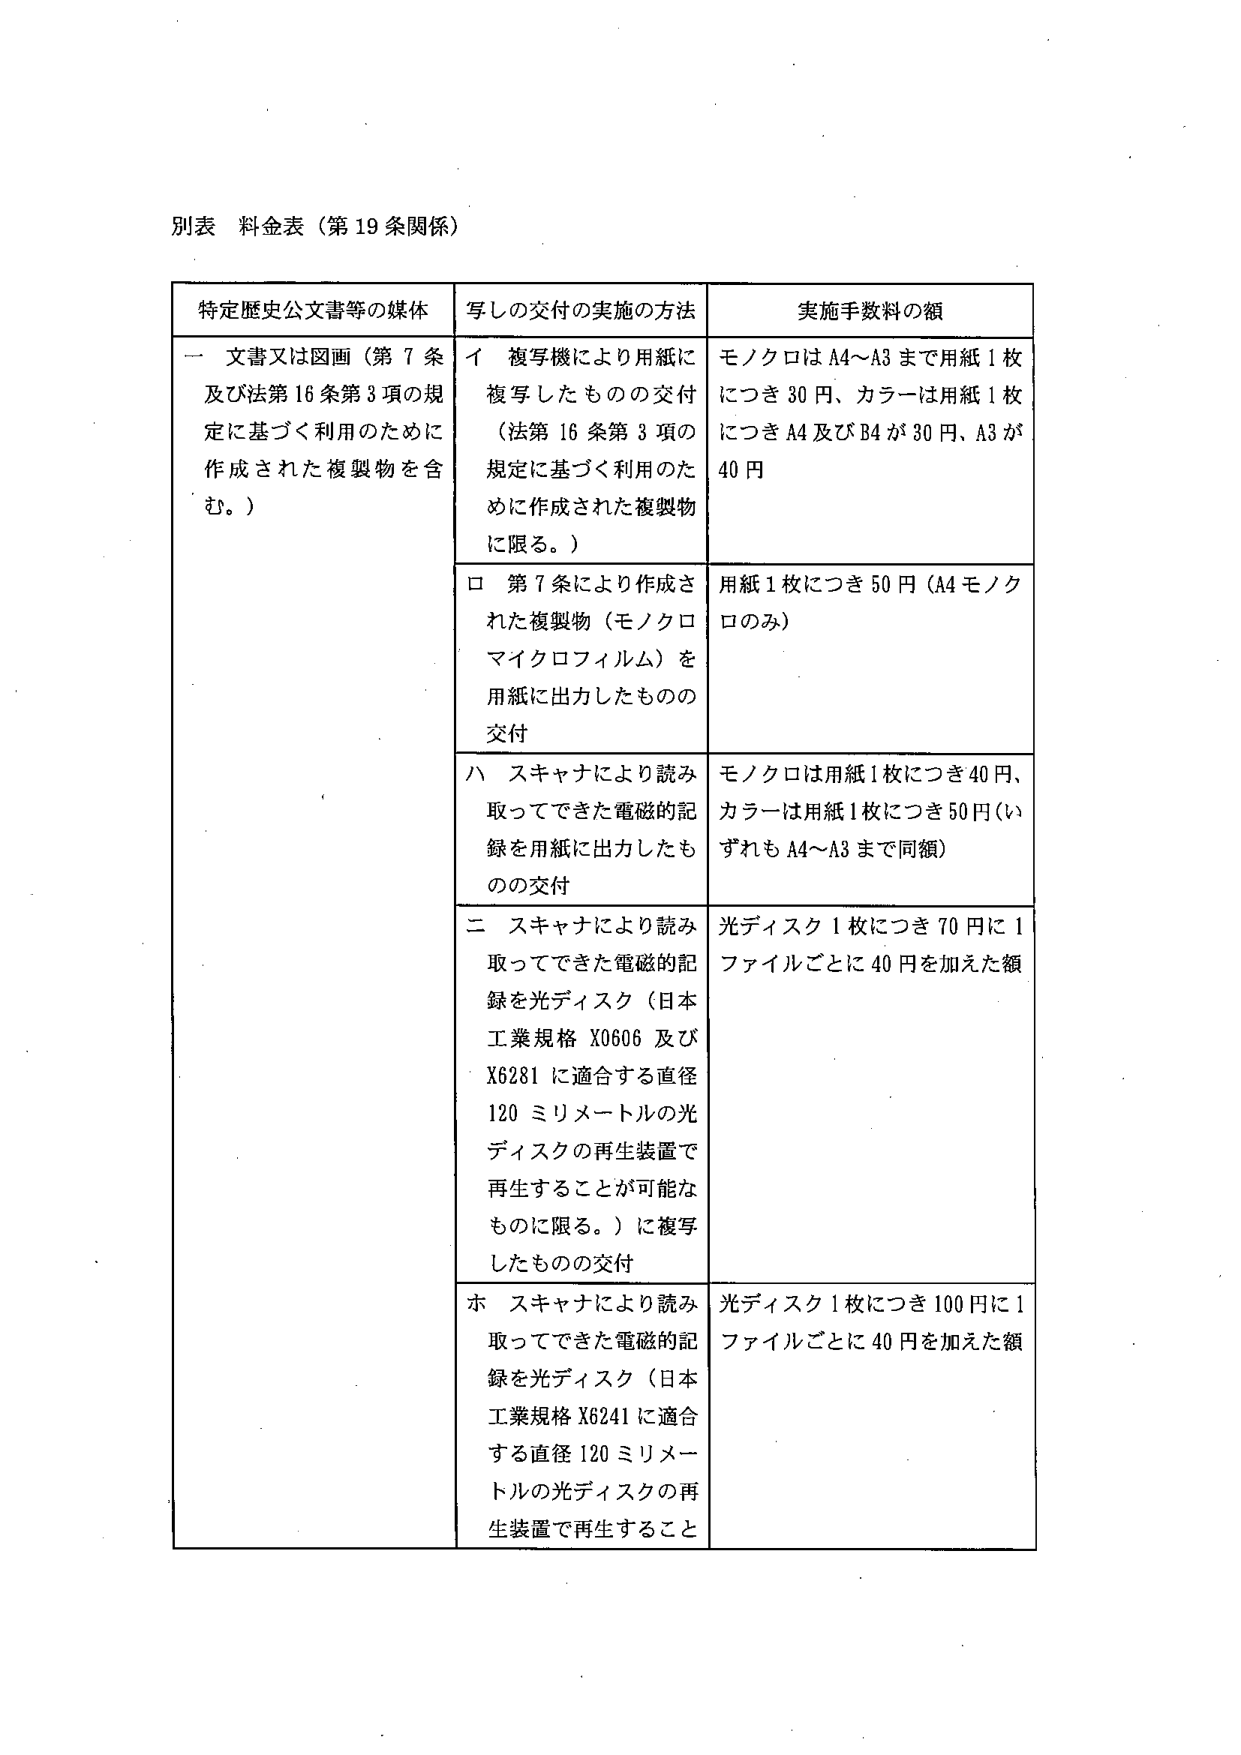
別表 料金表（第19条関係）

特定歴史公文書等の媒体 | 写しの交付の実施の方法 | 実施手数料の額
--- | --- | ---
一 文書又は図画（第7条及び法第16条第3項の規定に基づく利用のために作成された複製物を含む。） | イ 複写機により用紙に複写したもの交付（法第16条第3項の規定に基づく利用のために作成された複製物に限る。） | モノクロはA4～A3まで用紙1枚につき30円、カラーは用紙1枚につきA4及びB4が30円、A3が40円
 | ロ 第7条により作成された複製物（モノクロマイクロフィルム）を用紙に出力したもの交付 | 用紙1枚につき50円（A4モノクロのみ）
 | ハ スキャナにより読み取ってきた電磁的記録を用紙に出力したもの交付 | モノクロは用紙1枚につき40円、カラーは用紙1枚につき50円（いずれもA4～A3まで同額）
 | ニ スキャナにより読み取ってきた電磁的記録を光ディスク（日本工業規格X0606及びX6281に適合する直径120ミリメートルの光ディスクの再生装置で再生することが可能なものに限る。）に複写したもの交付 | 光ディスク1枚につき70円に1ファイルごとに40円を加えた額
 | ホ スキャナにより読み取ってきた電磁的記録を光ディスク（日本工業規格X6241に適合する直径120ミリメートルの光ディスクの再生装置で再生すること | 光ディスク1枚につき100円に1ファイルごとに40円を加えた額